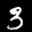
Label: 3